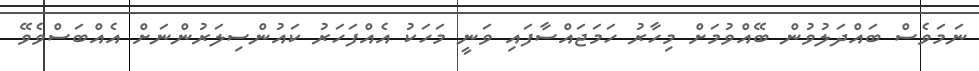
ނަމަވެސް ބައްދަލުވުން ބޭއްވުމަށް މިހާރު ހަމަޖައްސާފައި ވަނީ މަހަކު އެއްފަހަރު ކައުންސިލަރުންނަށް އެއްބަސްވެވޭ